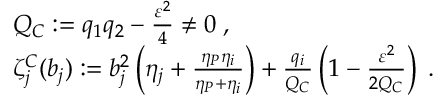
\begin{array} { r l } & { Q _ { C } : = q _ { 1 } q _ { 2 } - \frac { \varepsilon ^ { 2 } } { 4 } \neq 0 \; , } \\ & { \zeta _ { j } ^ { C } ( b _ { j } ) : = b _ { j } ^ { 2 } \left( \eta _ { j } + \frac { \eta _ { P } \eta _ { i } } { \eta _ { P } + \eta _ { i } } \right) + \frac { q _ { i } } { Q _ { C } } \left( 1 - \frac { \varepsilon ^ { 2 } } { 2 Q _ { C } } \right) \; . } \end{array}